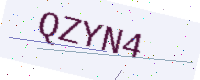
Text: QZYN4